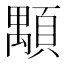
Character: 顒